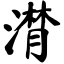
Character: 潸